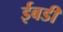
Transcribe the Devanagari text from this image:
ईबडी